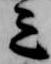
三